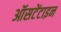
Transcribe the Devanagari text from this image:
ऑसटेंटाइन